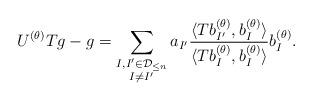
LaTeX: \begin{align*} U^{(\theta)}Tg - g = \sum_{\substack{I,I'\in\mathcal{D}_{\leq n}\\I \neq I'}} a_{I'} \frac{\langle T b_{I'}^{(\theta)}, b_I^{(\theta)}\rangle} {\langle Tb_I^{(\theta)}, b_I^{(\theta)}\rangle} b_I^{(\theta)}. \end{align*}